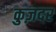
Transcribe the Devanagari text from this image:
कुज़दर